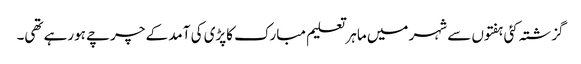
گزشتہ کئی ہفتوں سے شہر میں ماہر تعلیم مبارک کاپڑی کی آمد کے چرچے ہورہے تھی۔